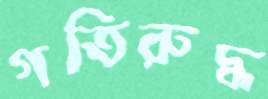
গতিরুদ্ধ